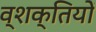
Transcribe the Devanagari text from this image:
व्शक्तियों